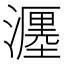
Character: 𤁄